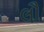
લૌ